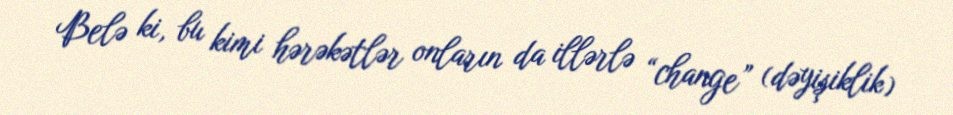
Belə ki, bu kimi hərəkətlər onların da illərlə “change” (dəyişiklik)